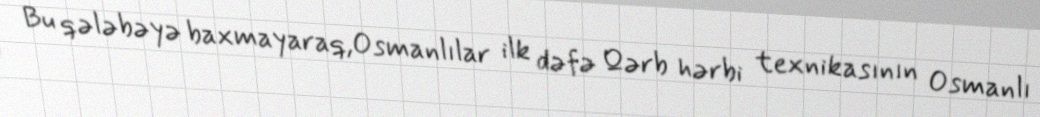
Bu qələbəyə baxmayaraq,Osmanlılar ilk dəfə Qərb hərbi texnikasının Osmanlı